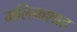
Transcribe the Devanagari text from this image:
मलिकशाह